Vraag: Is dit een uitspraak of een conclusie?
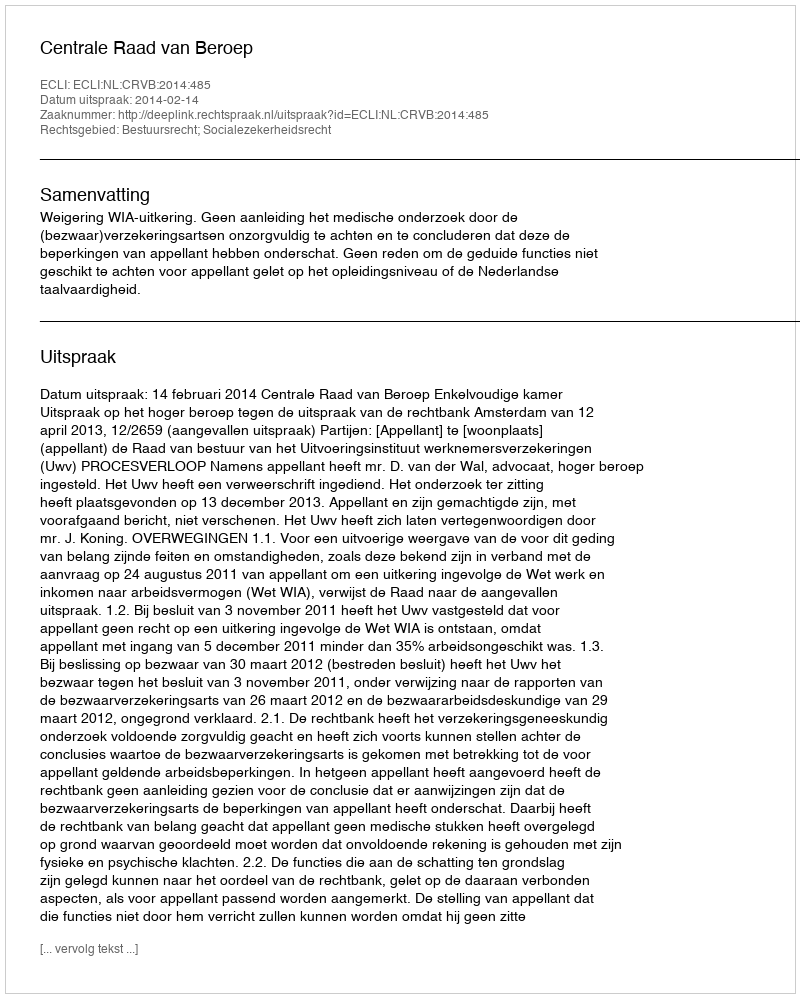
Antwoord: Uitspraak